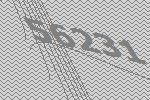
56231